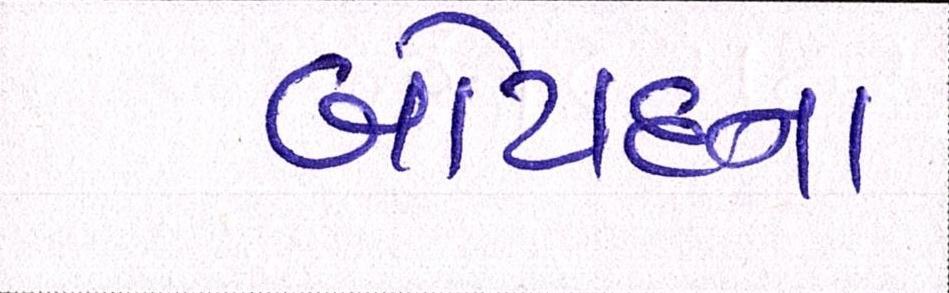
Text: બોટાદના